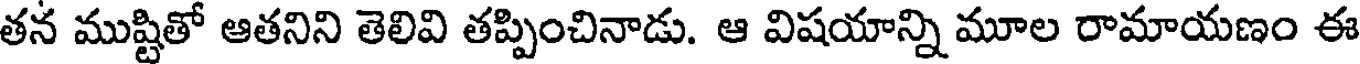
తన ముష్టితో ఆతనిని తెలివి తప్పించినాడు. ఆ విషయాన్ని మూల రామాయణం ఈ